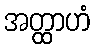
အတ္ထာဟံ